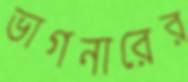
ভাগনারের